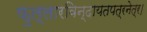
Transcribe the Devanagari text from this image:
फुल्लारविन्दायतपत्रनेत्र।